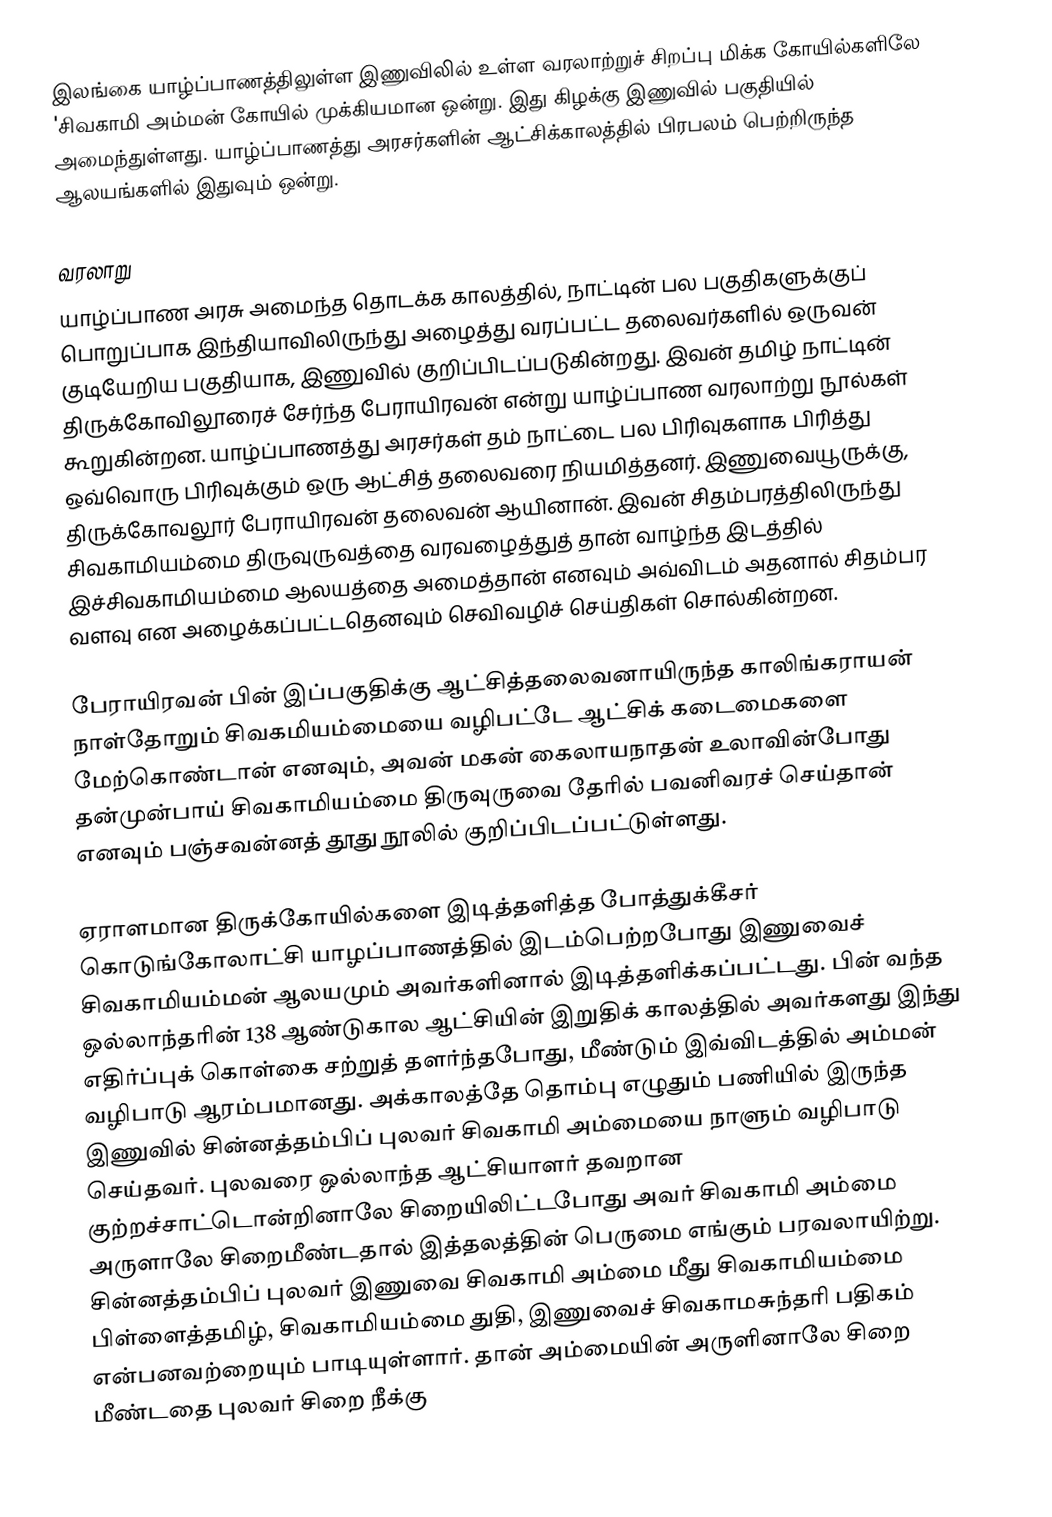
இலங்கை யாழ்ப்பாணத்திலுள்ள இணுவிலில் உள்ள வரலாற்றுச் சிறப்பு மிக்க கோயில்களிலே 'சிவகாமி அம்மன் கோயில் முக்கியமான ஒன்று. இது கிழக்கு இணுவில் பகுதியில் அமைந்துள்ளது. யாழ்ப்பாணத்து அரசர்களின் ஆட்சிக்காலத்தில் பிரபலம் பெற்றிருந்த ஆலயங்களில் இதுவும் ஒன்று.

வரலாறு
யாழ்ப்பாண அரசு அமைந்த தொடக்க காலத்தில், நாட்டின் பல பகுதிகளுக்குப் பொறுப்பாக இந்தியாவிலிருந்து அழைத்து வரப்பட்ட தலைவர்களில் ஒருவன் குடியேறிய பகுதியாக, இணுவில் குறிப்பிடப்படுகின்றது. இவன் தமிழ் நாட்டின் திருக்கோவிலூரைச் சேர்ந்த பேராயிரவன் என்று யாழ்ப்பாண வரலாற்று நூல்கள் கூறுகின்றன. யாழ்ப்பாணத்து அரசர்கள் தம் நாட்டை பல பிரிவுகளாக பிரித்து ஒவ்வொரு பிரிவுக்கும் ஒரு ஆட்சித் தலைவரை நியமித்தனர். இணுவையூருக்கு, திருக்கோவலூர் பேராயிரவன் தலைவன் ஆயினான். இவன் சிதம்பரத்திலிருந்து சிவகாமியம்மை திருவுருவத்தை வரவழைத்துத் தான் வாழ்ந்த இடத்தில் இச்சிவகாமியம்மை ஆலயத்தை அமைத்தான் எனவும் அவ்விடம் அதனால் சிதம்பர வளவு என அழைக்கப்பட்டதெனவும் செவிவழிச் செய்திகள் சொல்கின்றன.

பேராயிரவன் பின் இப்பகுதிக்கு ஆட்சித்தலைவனாயிருந்த காலிங்கராயன் நாள்தோறும் சிவகமியம்மையை வழிபட்டே ஆட்சிக் கடைமைகளை மேற்கொண்டான் எனவும், அவன் மகன் கைலாயநாதன் உலாவின்போது தன்முன்பாய் சிவகாமியம்மை திருவுருவை தேரில் பவனிவரச் செய்தான் எனவும் பஞ்சவன்னத் தூது நூலில் குறிப்பிடப்பட்டுள்ளது.

ஏராளமான திருக்கோயில்களை இடித்தளித்த போத்துக்கீசர் கொடுங்கோலாட்சி யாழப்பாணத்தில் இடம்பெற்றபோது இணுவைச் சிவகாமியம்மன் ஆலயமும் அவர்களினால் இடித்தளிக்கப்பட்டது. பின் வந்த ஒல்லாந்தரின் 138 ஆண்டுகால ஆட்சியின் இறுதிக் காலத்தில் அவர்களது இந்து எதிர்ப்புக் கொள்கை சற்றுத் தளர்ந்தபோது, மீண்டும் இவ்விடத்தில் அம்மன் வழிபாடு ஆரம்பமானது. அக்காலத்தே தொம்பு எழுதும் பணியில் இருந்த இணுவில் சின்னத்தம்பிப் புலவர் சிவகாமி அம்மையை நாளும் வழிபாடு செய்தவர். புலவரை ஒல்லாந்த ஆட்சியாளர் தவறான குற்றச்சாட்டொன்றினாலே சிறையிலிட்டபோது அவர் சிவகாமி அம்மை அருளாலே சிறைமீண்டதால் இத்தலத்தின் பெருமை எங்கும் பரவலாயிற்று. சின்னத்தம்பிப் புலவர் இணுவை சிவகாமி அம்மை மீது சிவகாமியம்மை பிள்ளைத்தமிழ், சிவகாமியம்மை துதி, இணுவைச் சிவகாமசுந்தரி பதிகம் என்பனவற்றையும் பாடியுள்ளார். தான் அம்மையின் அருளினாலே சிறை மீண்டதை புலவர் சிறை நீக்கு